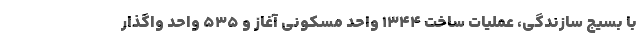
با بسیج سازندگی، عملیات ساخت ۱۳۴۴ واحد مسکونی آغاز و ۵۳۵ واحد واگذار